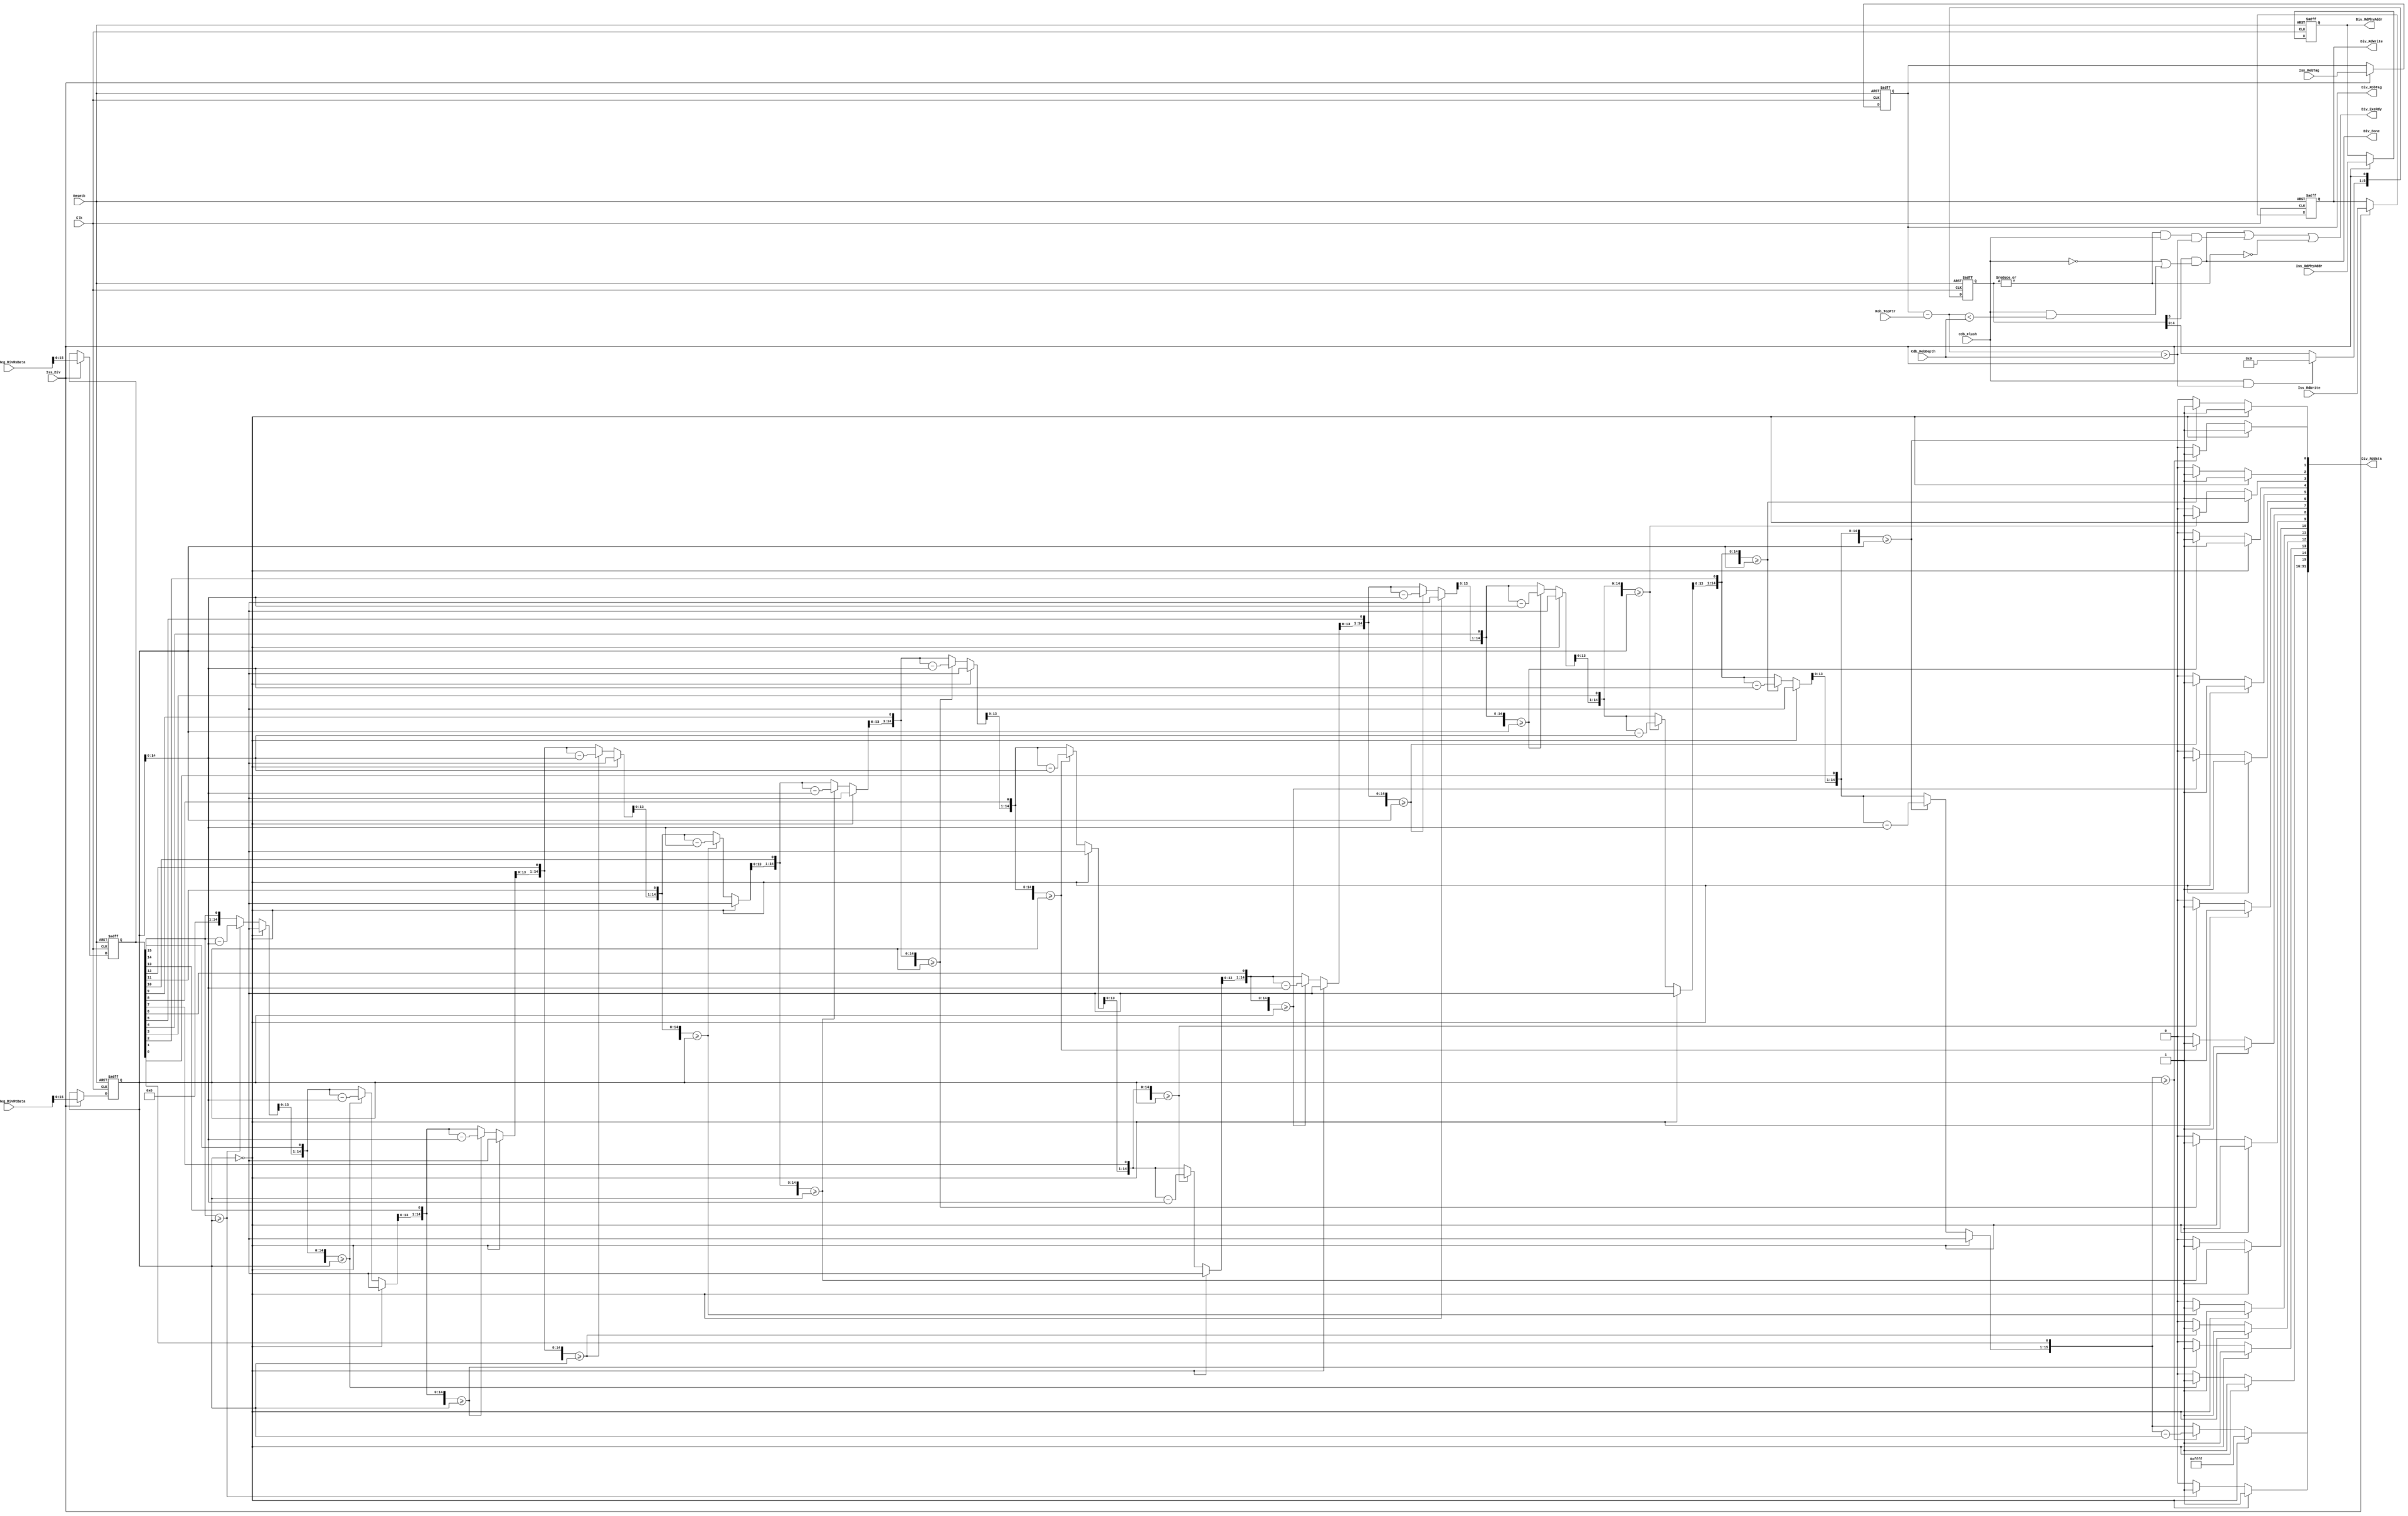
`timescale 1ps/1ps
module Divider(
    input Clk,
    input Resetb,
    input [31:0] PhyReg_DivRsData,
    input [31:0] PhyReg_DivRtData,
    input [4:0] Iss_RobTag,
    input Iss_Div,
    output reg [5:0] Div_RdPhyAddr,//
    output reg Div_RdWrite,//register
    input [5:0] Iss_RdPhyAddr,// incoming form issue queue, need to be carried as Iss_RobTag
    input Iss_RdWrite,//cdbregwritejunior
    input  Cdb_Flush,
    input [4:0] Rob_TopPtr,
    input [4:0] Cdb_RobDepth,
    output Div_Done,//cdb,
    output reg [4:0] Div_RobTag,
    output [31:0] Div_Rddata,//{reminder, quotient}
    output Div_ExeRdy//issue unitschedule div
);
    integer i;
    reg [15:0] Quotient, Reminder;
    ///////////////////////////////////////
    //16 bit divider
    //7-clock divider with a input register
    //input register
    //iss_diventryreleaseissue queuedividerpipelinedinput registerdata
    //cdb flush
    reg [5:0] Div_Valid;//6reg,divinput reg6clock,5reg
    reg [15:0] Dividend, Divisor;
    ///////////////////////
    always@(posedge Clk, negedge Resetb)begin
        if(!Resetb)begin
            Div_Valid<='b0;
            Div_RobTag<='bx;
            Dividend<='bx;
            Divisor<='bx;
            Div_RdPhyAddr<='bx;
            Div_RdWrite<='bx;
        end else begin
            Div_Valid<={Div_Valid[4:0],Iss_Div};//issuecdb flush
            if(Cdb_Flush&&Div_RobTag-Rob_TopPtr>Cdb_RobDepth)begin
                Div_Valid[5:1]<='b0;
                //valid[0]issue queueflushvalid bit
            end
            /////////////////////////////////////
            //the input register will accept the input only if iss_div is activated
            if(Iss_Div)begin
                Div_RobTag<=Iss_RobTag;
                Dividend<=PhyReg_DivRsData[15:0];
                Divisor<=PhyReg_DivRtData[15:0];
                Div_RdPhyAddr<=Iss_RdPhyAddr;
                Div_RdWrite<=Iss_RdWrite;
            end
        end
    end
    ///////////////////////////////////////////////////////////
    //division combinational logic
    always@(*)begin
        if(Divisor==0)begin//illegal input divisor
            Quotient=16'hffff;
            Reminder=16'hffff;
        end else begin
            Reminder=0;
            for(i=0;i<16;i=i+1)begin
                Reminder=Reminder<<1;
                Reminder={Reminder[15:1],Dividend[15-i]};
                if(Reminder>=Divisor)begin
                    Quotient[15-i]=1'b1;
                    Reminder=Reminder-Divisor;
                end else begin
                    Quotient[15-i]=1'b0;
                    Reminder=Reminder;
                end
            end
        end
        
    end
    /////////////////////////////////////////////
    assign Div_Rddata={Reminder, Quotient};
    assign Div_Done=Div_Valid[5]&&(!Cdb_Flush||Cdb_Flush&&Div_RobTag-Rob_TopPtr<Cdb_RobDepth);
    //clockflushflushdivdone
    assign Div_ExeRdy=Div_Done||(|Div_Valid&&Cdb_Flush&&Div_RobTag-Rob_TopPtr>Cdb_RobDepth)||!(|Div_Valid);
    //issue unitdiv
    //clockdividerflushflush
    //clockvalid[0]issdiv5:1
    //
endmodule